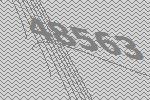
48563